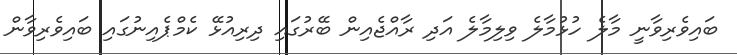
ބައިވެރިވާނީ މާލެ ހުޅުމާލެ ވިލިމާލެ އަދި ރާއްޖެއިން ބޭރުގައި ދިރިއުޅޭ ކެމްޕެއިނުގައި ބައިވެރިވާން